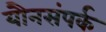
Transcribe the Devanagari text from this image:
यौनसंपर्क